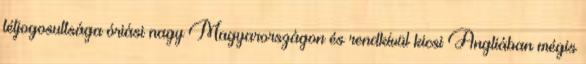
létjogosultsága óriási nagy Magyarországon és rendkívül kicsi Angliában mégis